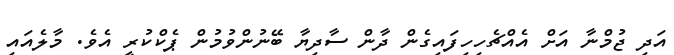
އަދި ޖުމްނާ އަށް އެއްޗެހިހިފައިގެން ދާން ސާދިޔާ ބޭނުންވުމުން ޕެކްކުރީ އެވެ. މާލެއައި